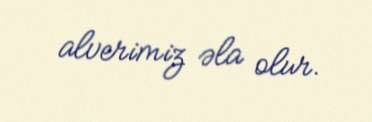
alverimiz əla olur.